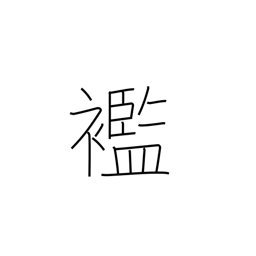
Meaning: rags